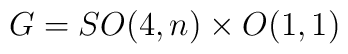
G=SO(4,n)\times O(1,1)